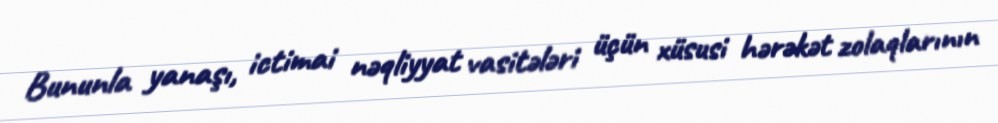
Bununla yanaşı, ictimai nəqliyyat vasitələri üçün xüsusi hərəkət zolaqlarının